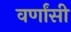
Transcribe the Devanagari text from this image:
वर्णांसी